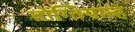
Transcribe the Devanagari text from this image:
तोंग्तियान्हे